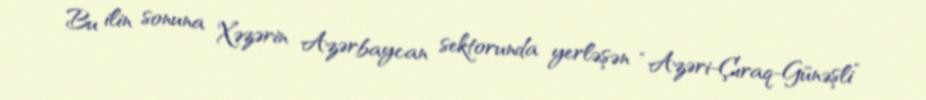
Bu ilin sonuna Xəzərin Azərbaycan sektorunda yerləşən “Azəri-Çıraq-Günəşli”